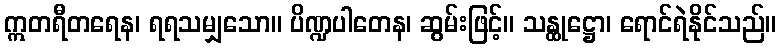
ဣတရီတရေန၊ ရရသမျှသော။ ပိဏ္ဍပါတေန၊ ဆွမ်းဖြင့်။ သန္ထုဋ္ဌော၊ ရောင်ရဲနိုင်သည်။